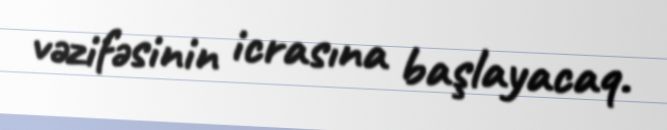
vəzifəsinin icrasına başlayacaq.